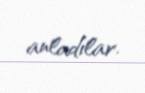
anladılar.